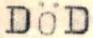
DÖD